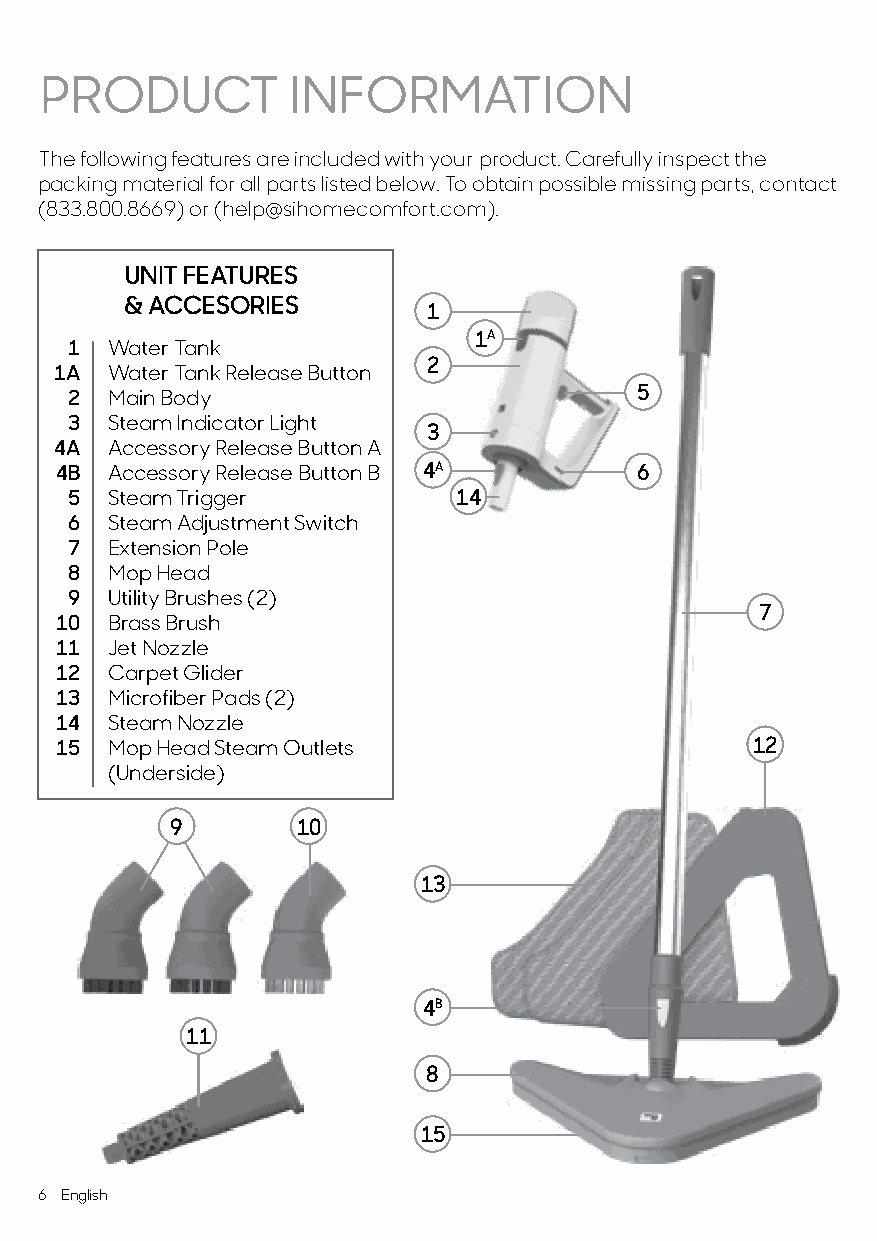
PRODUCT         INFORMATION
 The following features are included with your product. Carefully inspect the
 packing material for all parts listed below. To obtain possible missing parts, contact
 (833.800.8669) or (help@sihomecomfort.com).
 UNIT FEATURES
 & ACCESORIES
 1
 1A
 1 Water Tank
 2
 1A Water Tank Release Button
 2 Main Body                          5
 3 Steam Indicator Light
 3
 4A Accessory Release Button A
 4B Accessory Release Button B 4A      6
 5 Steam Trigger          14
 6 Steam Adjustment Switch
 7 Extension Pole
 8 Mop Head
 9 Utility Brushes (2)
 7
 10 Brass Brush
 11 Jet Nozzle
 12 Carpet Glider
 13 Microfiber Pads (2)
 14 Steam Nozzle
 15 Mop Head Steam Outlets                     12
 (Underside)
 9        10
 13
 4B
 11
 8
 15
 6 English